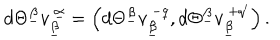
LaTeX: d \Theta ^ { \underline { { \beta } } } v _ { \underline { { \beta } } } ^ { ~ \underline { { \alpha } } } = \left( d \Theta ^ { \underline { { \beta } } } v _ { \underline { { \beta } } } ^ { ~ - q } , d \Theta ^ { \underline { { \beta } } } v _ { \underline { { \beta } } } ^ { ~ + q ^ { \prime } } \right) .